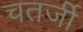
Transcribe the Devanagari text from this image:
चतर्जी